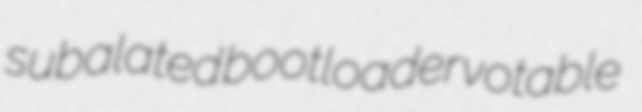
subalated bootloader votable